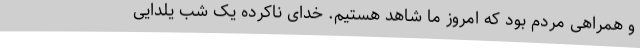
و همراهی مردم بود که امروز ما شاهد هستیم. خدای ناکرده یک شب یلدایی